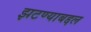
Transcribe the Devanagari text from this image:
झटण्याबद्दल